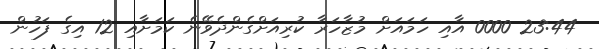
23:44 0000 އާއި ހަމައަށް މުޒާހަރާ ކުރިއަށްގެންދެވޭނެ ކަމަށާއި 12 އިގެ ފަހުން